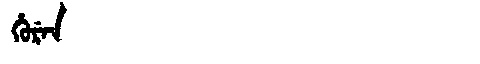
Manchu: ᡥᡠᡵᡝᠨ
Romanization: HUREN